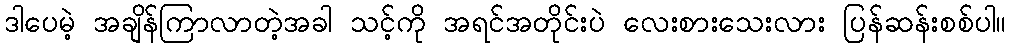
ဒါပေမဲ့ အချိန်ကြာလာတဲ့အခါ သင့်ကို အရင်အတိုင်းပဲ လေးစားသေးလား ပြန်ဆန်းစစ်ပါ။